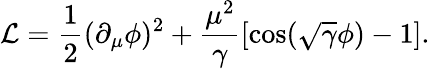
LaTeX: {\cal{L}}=\frac{1}{2}(\partial_{\mu}\phi)^{2}+\frac{\mu^{2}}{\gamma}\left[\cos(\sqrt{\gamma}\phi)-1\right].